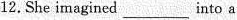
12.She imagined ___ into a